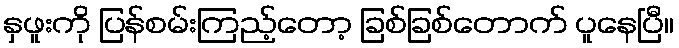
နှဖူးကို ပြန်စမ်းကြည့်တော့ ခြစ်ခြစ်တောက် ပူနေပြီ။